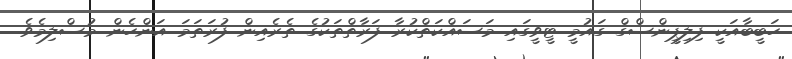
ހަބީބާއަކީ ފިލިޕީންސްގް ގައުމީ ޓީވީގައި މަސައްކަތްކުރާ ފަރާތްތަކުގެ ތެރެއިން ފުރަތަމަ އަންހެން މުސްލިމެވެ.